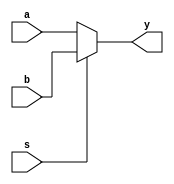
module mux2x1_df(a,b,s,y);
  input a,b,s;
  output y;
  assign y=s?b:a;
endmodule